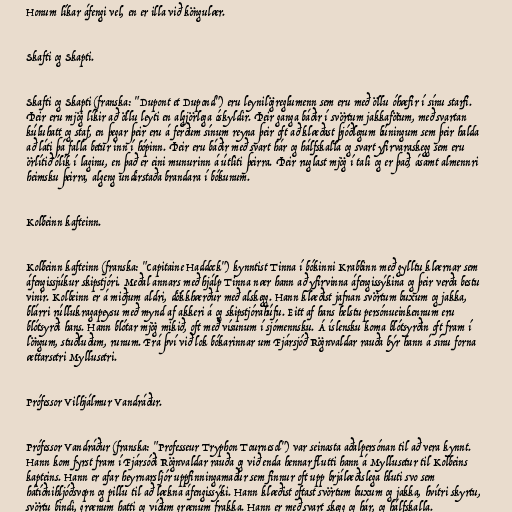
Honum líkar áfengi vel, en er illa við köngulær.

Skafti og Skapti.

Skafti og Skapti (franska: "Dupont et Dupond") eru leynilögreglumenn sem eru með öllu óhæfir í sínu starfi.
Þeir eru mjög líkir að öllu leyti en algjörlega óskyldir. Þeir ganga báðir í svörtum jakkafötum, með svartan
kúluhatt og staf, en þegar þeir eru á ferðum sínum reyna þeir oft að klæðast þjóðlegum búningum sem þeir halda
að láti þá falla betur inn í hópinn. Þeir eru báðir með svart hár og hálfskalla og svart yfirvaraskegg sem eru
örlítið ólík í laginu, en það er eini munurinn á útliti þeirra. Þeir ruglast mjög í tali og er það, ásamt almennri
heimsku þeirra, algeng undirstaða brandara í bókunum.

Kolbeinn kafteinn.

Kolbeinn kafteinn (franska: "Capitaine Haddock") kynntist Tinna í bókinni Krabbinn með gylltu klærnar sem
áfengissjúkur skipstjóri. Meðal annars með hjálp Tinna nær hann að yfirvinna áfengissýkina og þeir verða bestu
vinir. Kolbeinn er á miðjum aldri, dökkhærður með alskegg. Hann klæðist jafnan svörtum buxum og jakka,
blárri rúllukragapeysu með mynd af akkeri á og skipstjórahúfu. Eitt af hans helstu persónueinkennum eru
blótsyrði hans. Hann blótar mjög mikið, oft með vísunum í sjómennsku. Á íslensku koma blótsyrðin oft fram í
löngum, stuðluðum, runum. Frá því við lok bókarinnar um Fjársjóð Rögnvaldar rauða býr hann á sínu forna
ættarsetri Myllusetri.

Prófessor Vilhjálmur Vandráður.

Prófessor Vandráður (franska: "Professeur Tryphon Tournesol") var seinasta aðalpersónan til að vera kynnt.
Hann kom fyrst fram í Fjársóði Rögnvaldar rauða og við enda hennar flutti hann á Myllusetur til Kolbeins
kapteins. Hann er afar heyrnarsljór uppfinningamaður sem finnur oft upp brjálæðislega hluti svo sem
hátíðnihljóðsvopn og pillu til að lækna áfengissýki. Hann klæðist oftast svörtum buxum og jakka, hvítri skyrtu,
svörtu bindi, grænum hatti og víðum grænum frakka. Hann er með svart skegg og hár, og hálfskalla.